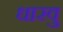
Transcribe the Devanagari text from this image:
धारवु